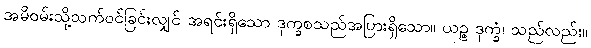
အမိဝမ်းသို့သက်ဝင်ခြင်းလျှင် အရင်းရှိသော ဒုက္ခစသည်အပြားရှိသော။ ယဉ္စ ဒုက္ခံ၊ သည်လည်း။